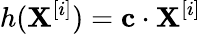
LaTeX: h(\mathbf{X}^{[i]})=\mathbf{c}\cdot\mathbf{X}^{[i]}